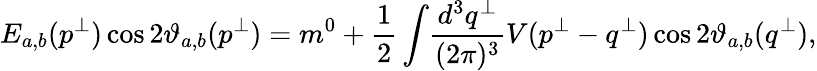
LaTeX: E_{a,b}(p^{\bot})\cos 2\vartheta_{a,b}(p^{\bot})=m^{0}+\displaystyle{\frac{1}{2}\int}\frac{d^{3}q^{\bot}}{(2\pi)^{3}}V(p^{\bot}-q^{\bot})\cos 2\vartheta_{a,b}(q^{\bot}),